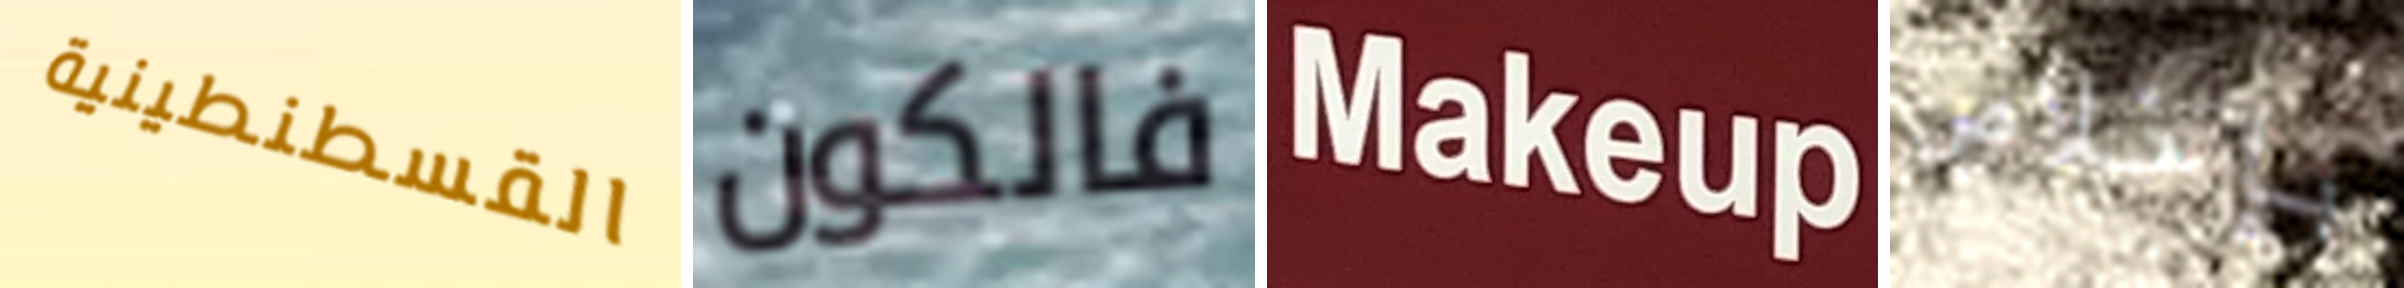
القسطنطينية فالكون Makeup بإخلاص